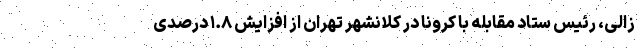
زالی، رئیس ستاد مقابله با کرونا در کلانشهر تهران از افزایش ۱.۸ درصدی